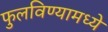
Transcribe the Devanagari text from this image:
फुलविण्यामध्ये